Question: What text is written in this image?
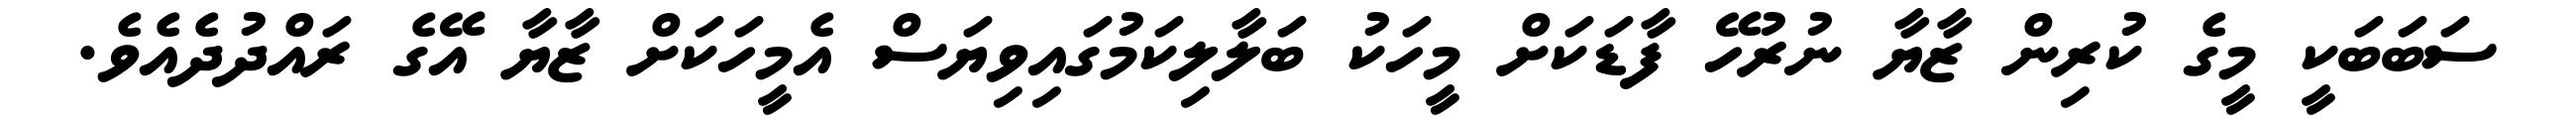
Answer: ސަބަބަކީ މީގެ ކުރިން ޒާޔާ ނުރުހޭ ފާޑަކަށް މީހަކު ބަލާލިކަމުގައިވިޔަސް އެމީހަކަށް ޒާޔާ އޭގެ ރައްދުދެއެވެ.